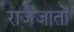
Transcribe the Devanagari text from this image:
राजजातों